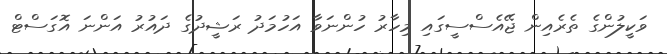
ވަކީލުންގެ ތެރެއިން ޖޭއެސްސީގައި މިހާރު ހުންނަވާ އަހުމަދު ރަޝީދުގެ ދައުރު އަންނަ އޮގަސްޓް